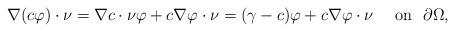
LaTeX: \begin{align*}\nabla(c\varphi)\cdot\nu=\nabla c \cdot \nu \varphi +c\nabla \varphi \cdot \nu =(\gamma-c)\varphi+c\nabla \varphi \cdot \nu \quad\mbox{ on }\,\, \partial\Omega,\end{align*}